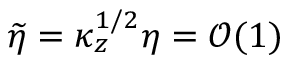
\widetilde { \eta } = \kappa _ { z } ^ { 1 / 2 } \eta = \mathcal { O } ( 1 )